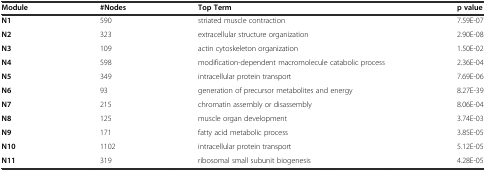
<table><thead><tr><td><b>Module</b></td><td><b>#Nodes</b></td><td><b>Top Term</b></td><td><b>p value</b></td></tr></thead><tbody><tr><td><b>N1</b></td><td>590</td><td>striated muscle contraction</td><td>7.59E-07</td></tr><tr><td><b>N2</b></td><td>323</td><td>extracellular structure organization</td><td>2.90E-08</td></tr><tr><td><b>N3</b></td><td>109</td><td>actin cytoskeleton organization</td><td>1.50E-02</td></tr><tr><td><b>N4</b></td><td>598</td><td>modification-dependent macromolecule catabolic process</td><td>2.36E-04</td></tr><tr><td><b>N5</b></td><td>349</td><td>intracellular protein transport</td><td>7.69E-06</td></tr><tr><td><b>N6</b></td><td>93</td><td>generation of precursor metabolites and energy</td><td>8.27E-39</td></tr><tr><td><b>N7</b></td><td>215</td><td>chromatin assembly or disassembly</td><td>8.06E-04</td></tr><tr><td><b>N8</b></td><td>125</td><td>muscle organ development</td><td>3.74E-03</td></tr><tr><td><b>N9</b></td><td>171</td><td>fatty acid metabolic process</td><td>3.85E-05</td></tr><tr><td><b>N10</b></td><td>1102</td><td>intracellular protein transport</td><td>5.12E-05</td></tr><tr><td><b>N11</b></td><td>319</td><td>ribosomal small subunit biogenesis</td><td>4.28E-05</td></tr></tbody></table>